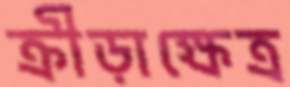
ক্রীড়াক্ষেত্র